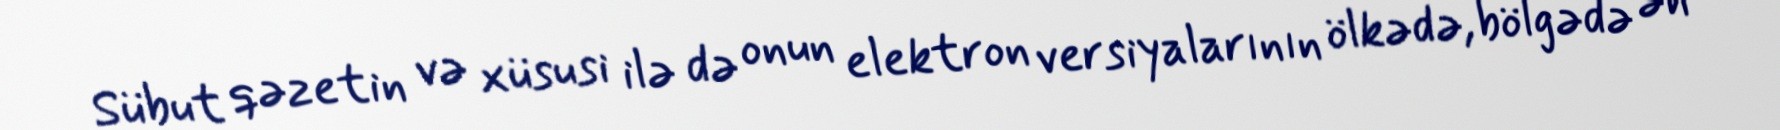
Sübut qəzetin və xüsusi ilə də onun elektron versiyalarının ölkədə, bölgədə ən